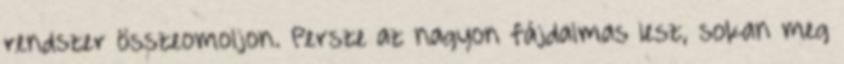
rendszer összeomoljon. Persze az nagyon fájdalmas lesz, sokan meg